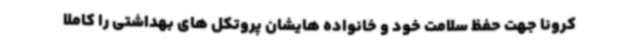
کرونا جهت حفظ سلامت خود و خانواده هایشان پروتکل های بهداشتی را کاملا